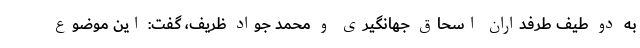
به دو طیف طرفداران اسحاق جهانگیری و محمد جواد ظریف، گفت: این موضوع